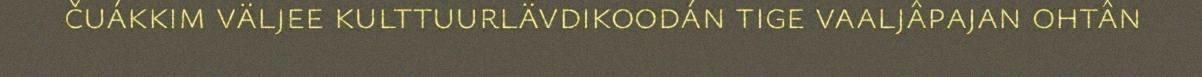
čuákkim väljee kulttuurlävdikoodán tige vaaljâpajan ohtân